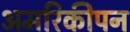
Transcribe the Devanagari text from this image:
अमरिकीपन